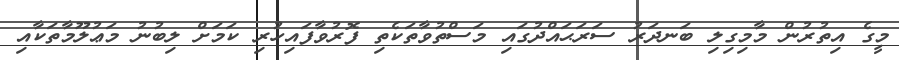
މީގެ އިތުރުން މާމިގިލި ބަނދަރު ސަރަޙައްދުގައި މަސްތުވާތަކެތި ފޮރުވާފައިހުރި ކަމަށް ލިބުނު މަޢުލޫމާތަކާއި